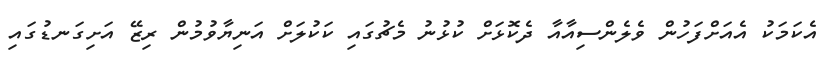
އެކަމަކު އެއަށްފަހުން ވެލެންސިއާއާ ދެކޮޅަށް ކުޅުނު މެޗުގައި ކަކުލަށް އަނިޔާވުމުން ރިޒޭ އަށިގަނޑުގައި